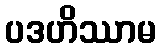
ပဒဟိဿာမ